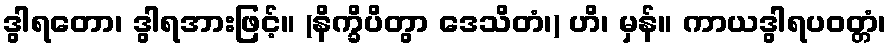
ဒွါရတော၊ ဒွါရအားဖြင့်။ (နိက္ခိပိတွာ ဒေသိတံ၊) ဟိ၊ မှန်။ ကာယဒွါရပဝတ္တံ၊